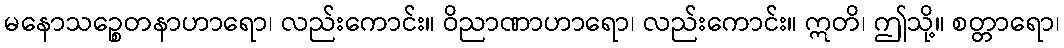
မနောသဉ္စေတနာဟာရော၊ လည်းကောင်း။ ဝိညာဏာဟာရော၊ လည်းကောင်း။ ဣတိ၊ ဤသို့။ စတ္တာရော၊